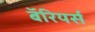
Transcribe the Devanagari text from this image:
बॅरियर्स